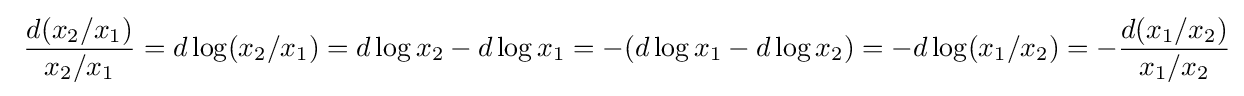
\ {\frac {d(x_{2}/x_{1})}{x_{2}/x_{1}}}=d\log(x_{2}/x_{1})=d\log x_{2}-d\log x_{1}=-(d\log x_{1}-d\log x_{2})=-d\log(x_{1}/x_{2})=-{\frac {d(x_{1}/x_{2})}{x_{1}/x_{2}}}